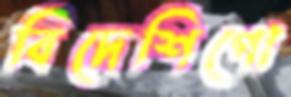
বিদেশিগো